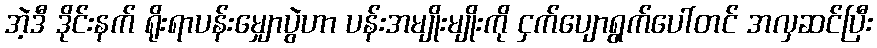
အဲ့ဒီ ဒိုင်းနက် ရိုးရာပန်းမျှောပွဲဟာ ပန်းအမျိုးမျိုးကို ငှက်ပျောရွက်ပေါ်တင် အလှဆင်ပြီး